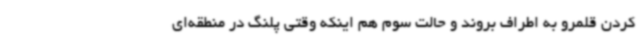
کردن قلمرو به اطراف بروند و حالت سوم هم اینکه وقتی پلنگ در منطقه‌ای